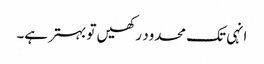
انہی تک محدود رکھیں تو بہتر ہے۔